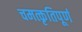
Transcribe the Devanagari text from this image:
चमत्कृतिपूर्ण